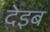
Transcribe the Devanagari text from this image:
देइब